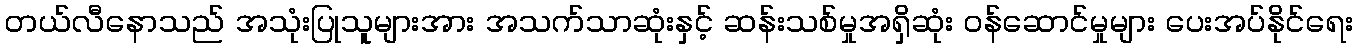
တယ်လီနောသည် အသုံးပြုသူများအား အသက်သာဆုံးနှင့် ဆန်းသစ်မှုအရှိဆုံး ဝန်ဆောင်မှုများ ပေးအပ်နိုင်ရေး